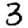
Digit: 3